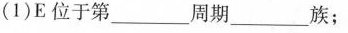
(1)E位于第____周期____族；